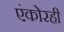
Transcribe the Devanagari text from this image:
एंकोरही